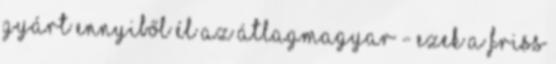
gyárt Ennyiből él az átlagmagyar - ezek a friss